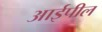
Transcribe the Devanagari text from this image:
आईपील